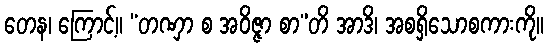
တေန၊ ကြောင့်။ “တဏှာ စ အဝိဇ္ဇာ စာ”တိ အာဒိ၊ အစရှိသောစကားကို။